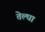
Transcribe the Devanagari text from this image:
तेल्घा